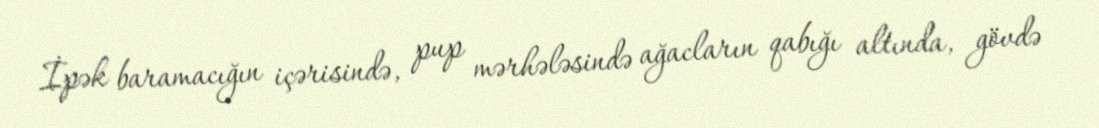
İpək baramacığın içərisində, pup mərhələsində ağacların qabığı altında, gövdə